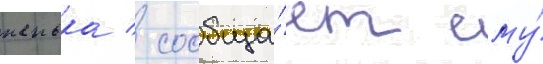
женька / сообща́ет ему́